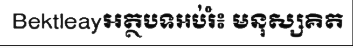
Bektleayអត្ថបទអប់រំ៖ មនុស្សគិត